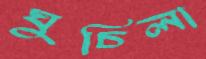
ঘুচিলা